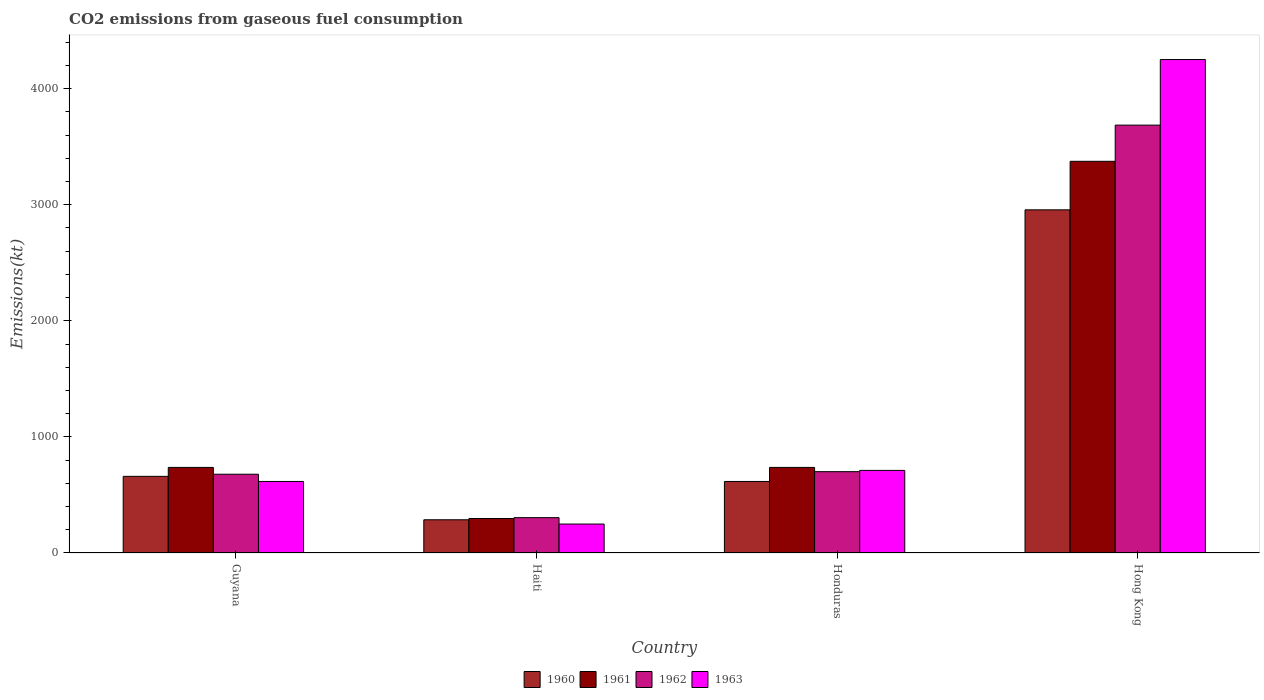
| Country | 1960 | 1961 | 1962 | 1963 |
 | --- | --- | --- | --- | --- |
 | Guyana | 660 | 737 | 678 | 616 |
 | Haiti | 286 | 297 | 304 | 249 |
 | Honduras | 616 | 737 | 700 | 711 |
 | Hong Kong | 2.96e+03 | 3.37e+03 | 3.69e+03 | 4.25e+03 |